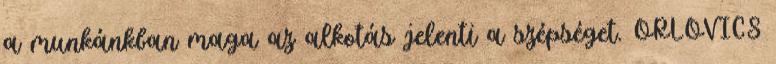
a munkánkban maga az alkotás jelenti a szépséget. ORLOVICS